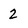
Character: 2